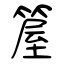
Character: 箼